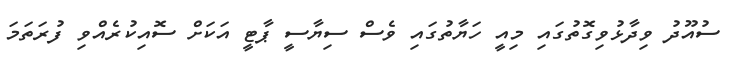
ސުއޫދު ވިދާޅުވިގޮތުގައި މިއީ ހަޔާތުގައި ވެސް ސިޔާސީ ޕާޓީ އަކަށް ސޮއިކުރެއްވި ފުރަތަމަ